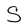
Character: S